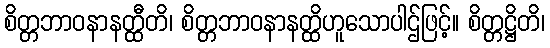
စိတ္တဘာဝနာနတ္ထီတိ၊ စိတ္တဘာဝနာနတ္ထိဟူသောပါဌ်ဖြင့်။ စိတ္တဋ္ဌိတိ၊